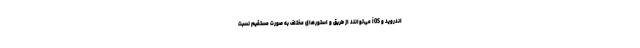
اندروید و iOS می‌توانند از طریق و استورهای مختلف به صورت مستقیم نسبت